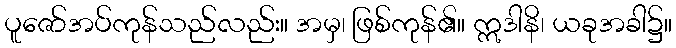
ပူဇော်အပ်ကုန်သည်လည်း။ အမှ၊ ဖြစ်ကုန်၏။ ဣဒါနိ၊ ယခုအခါ၌။